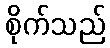
စိုက်သည်